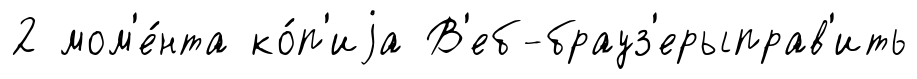
2 мом'е́нта ко́п'иjа В'еб-брауз'ерыправ'ить